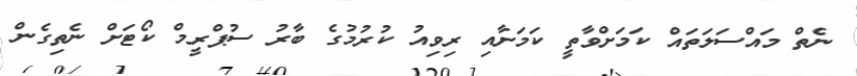
ނެތް މައްސަލަތައް ކަމަށްވާތީ ކަމަށާއި ރިވިއު ކުރުމުގެ ބާރު ސުޕްރީމް ކޯޓަށް ނެތިގެން